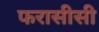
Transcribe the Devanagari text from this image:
फरासीसी